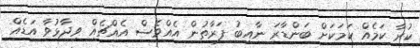
ކުރާ ކަމެއް ކަމަކަށް ބަންޑާރަ ނާއިބު ފަރާތުން އެއްވެސް އެއްޗެއް ވިދާޅުވާ އަޑެއް